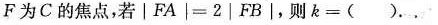
F为C的焦点，若$$\left | F A \right |=2 \left | FB \right |$$，则k=( )。